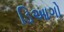
ડિઆગો